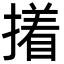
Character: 撯